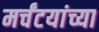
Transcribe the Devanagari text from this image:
मर्चंटयांच्या